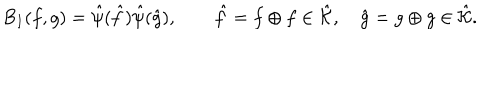
B _ { I } ( f , g ) = \hat { \psi } ( \hat { f } ) \hat { \psi } ( \hat { g } ) , \qquad \hat { f } = f \oplus f \in \hat { \cal K } , \quad \hat { g } = g \oplus g \in \hat { \cal K } .